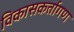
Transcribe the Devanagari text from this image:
विकासकर्तागण